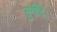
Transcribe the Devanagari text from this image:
सुनीति।